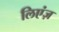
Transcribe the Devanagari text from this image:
लिएंज़